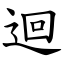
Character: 迴